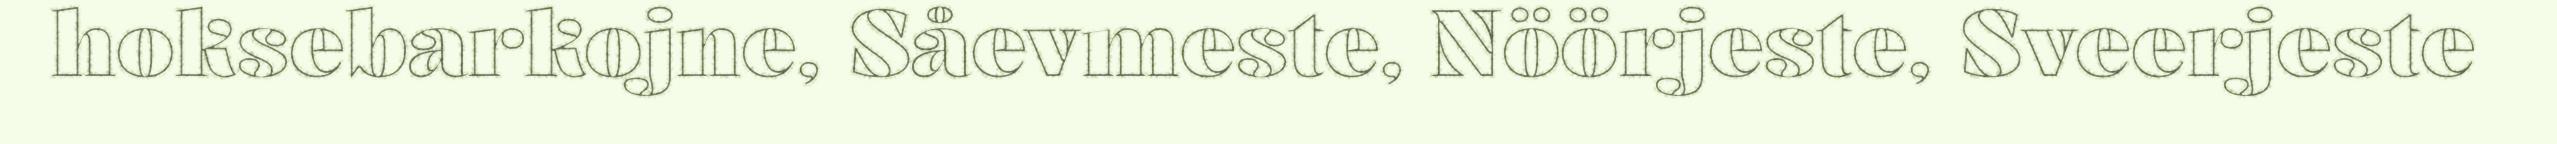
hoksebarkojne, Såevmeste, Nöörjeste, Sveerjeste